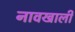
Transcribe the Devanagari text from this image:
नावखाली